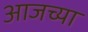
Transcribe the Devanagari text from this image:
अाजच्या